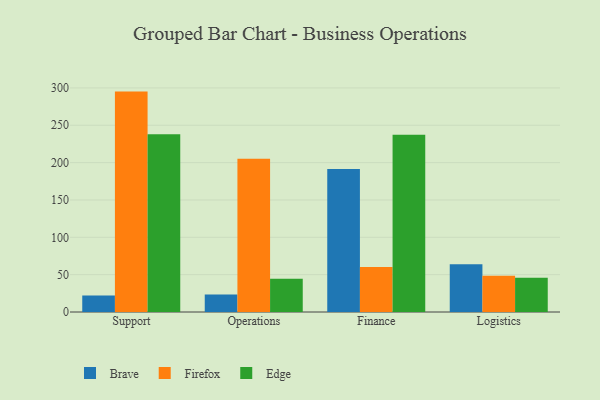
{"axis": {"x": "Department", "y": "Conversion Rate (%)"}, "legend": ["Brave", "Edge", "Firefox"], "data": [{"x": "Support", "y": 22.2, "type": "Brave"}, {"x": "Support", "y": 295.1, "type": "Firefox"}, {"x": "Support", "y": 238.0, "type": "Edge"}, {"x": "Operations", "y": 23.5, "type": "Brave"}, {"x": "Operations", "y": 205.3, "type": "Firefox"}, {"x": "Operations", "y": 44.4, "type": "Edge"}, {"x": "Finance", "y": 191.5, "type": "Brave"}, {"x": "Finance", "y": 60.3, "type": "Firefox"}, {"x": "Finance", "y": 237.4, "type": "Edge"}, {"x": "Logistics", "y": 64.1, "type": "Brave"}, {"x": "Logistics", "y": 48.6, "type": "Firefox"}, {"x": "Logistics", "y": 45.7, "type": "Edge"}]}